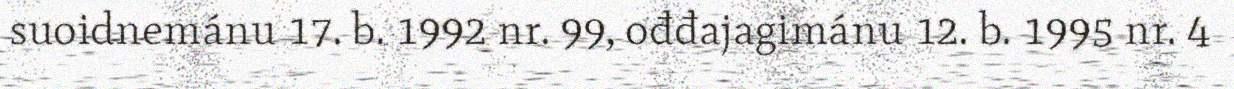
suoidnemánu 17. b. 1992 nr. 99, ođđajagimánu 12. b. 1995 nr. 4